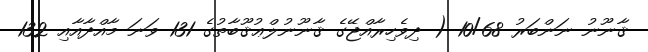
ޤާނޫނު ނަންބަރު 10/68 ( ދިވެހިރާއްޖޭގެ ޤާނޫނުލްޢުޤޫބާތުގެ 131 ވަނަ މާއްދާއާއި 132